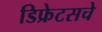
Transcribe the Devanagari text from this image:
डिफ्रेटसचे